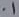
Text: .1